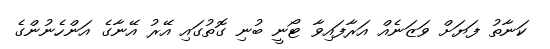
ކަނާތު ފަޔަށް ވަޒަނެއް އަރާފައިވާ ޓޯނީ ބުނި ގޮތުގައި އޭރު އޭނާގެ އަންހެނުންގެ